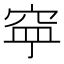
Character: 𱶹